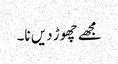
مجھے چھوڑ دیں نا۔